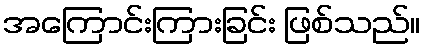
အကြောင်းကြားခြင်း ဖြစ်သည်။